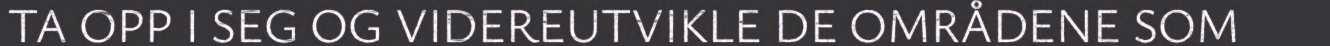
TA OPP I SEG OG VIDEREUTVIKLE DE OMRÅDENE SOM